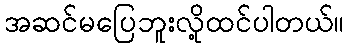
အဆင်မပြေဘူးလို့ထင်ပါတယ်။